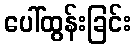
ပေါ်ထွန်းခြင်း